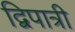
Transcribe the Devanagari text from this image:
द्विपात्री